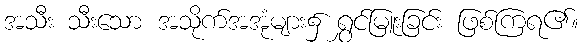
အသီး သီးသော အသိုက်အအုံများ၌ ရွှင်မြူးခြင်း ဖြစ်ကြရ၏။